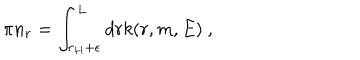
LaTeX: \pi n _ { r } = \int _ { r _ { H } + \epsilon } ^ { L } d r k ( r , m , E ) ~ ,